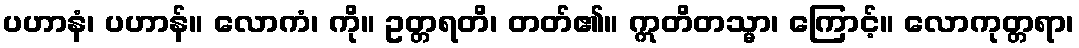
ပဟာနံ၊ ပဟာန်။ လောကံ၊ ကို။ ဥတ္တရတိ၊ တတ်၏။ ဣတိတသ္မာ၊ ကြောင့်။ လောကုတ္တရာ၊